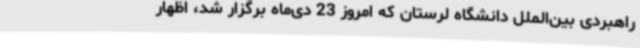
راهبردی بین‌الملل دانشگاه لرستان که امروز 23 دی‌ماه برگزار شد، اظهار